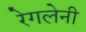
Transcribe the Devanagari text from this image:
रेगलेनी